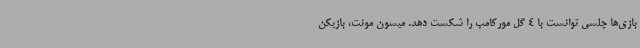
بازی‌ها چلسی توانست با 4 گل مورکامب را شکست دهد. میسون مونت، بازیکن